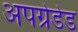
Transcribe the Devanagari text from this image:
अपग्रेडेड